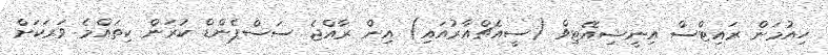
ހިއުމަން ރައިޓްސް އިނީޝިއޭޓިވް (ސީއެޗްއާރުއައި) އިން ރާއްޖެ ސަސްޕެންޑް ކުރަން ކިތައްމެ ވަރަކަށް